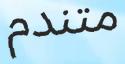
متندم